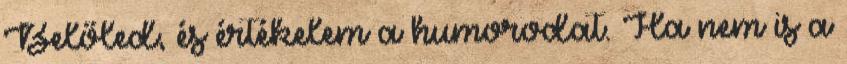
Belőled, és értékelem a humorodat. Ha nem is a